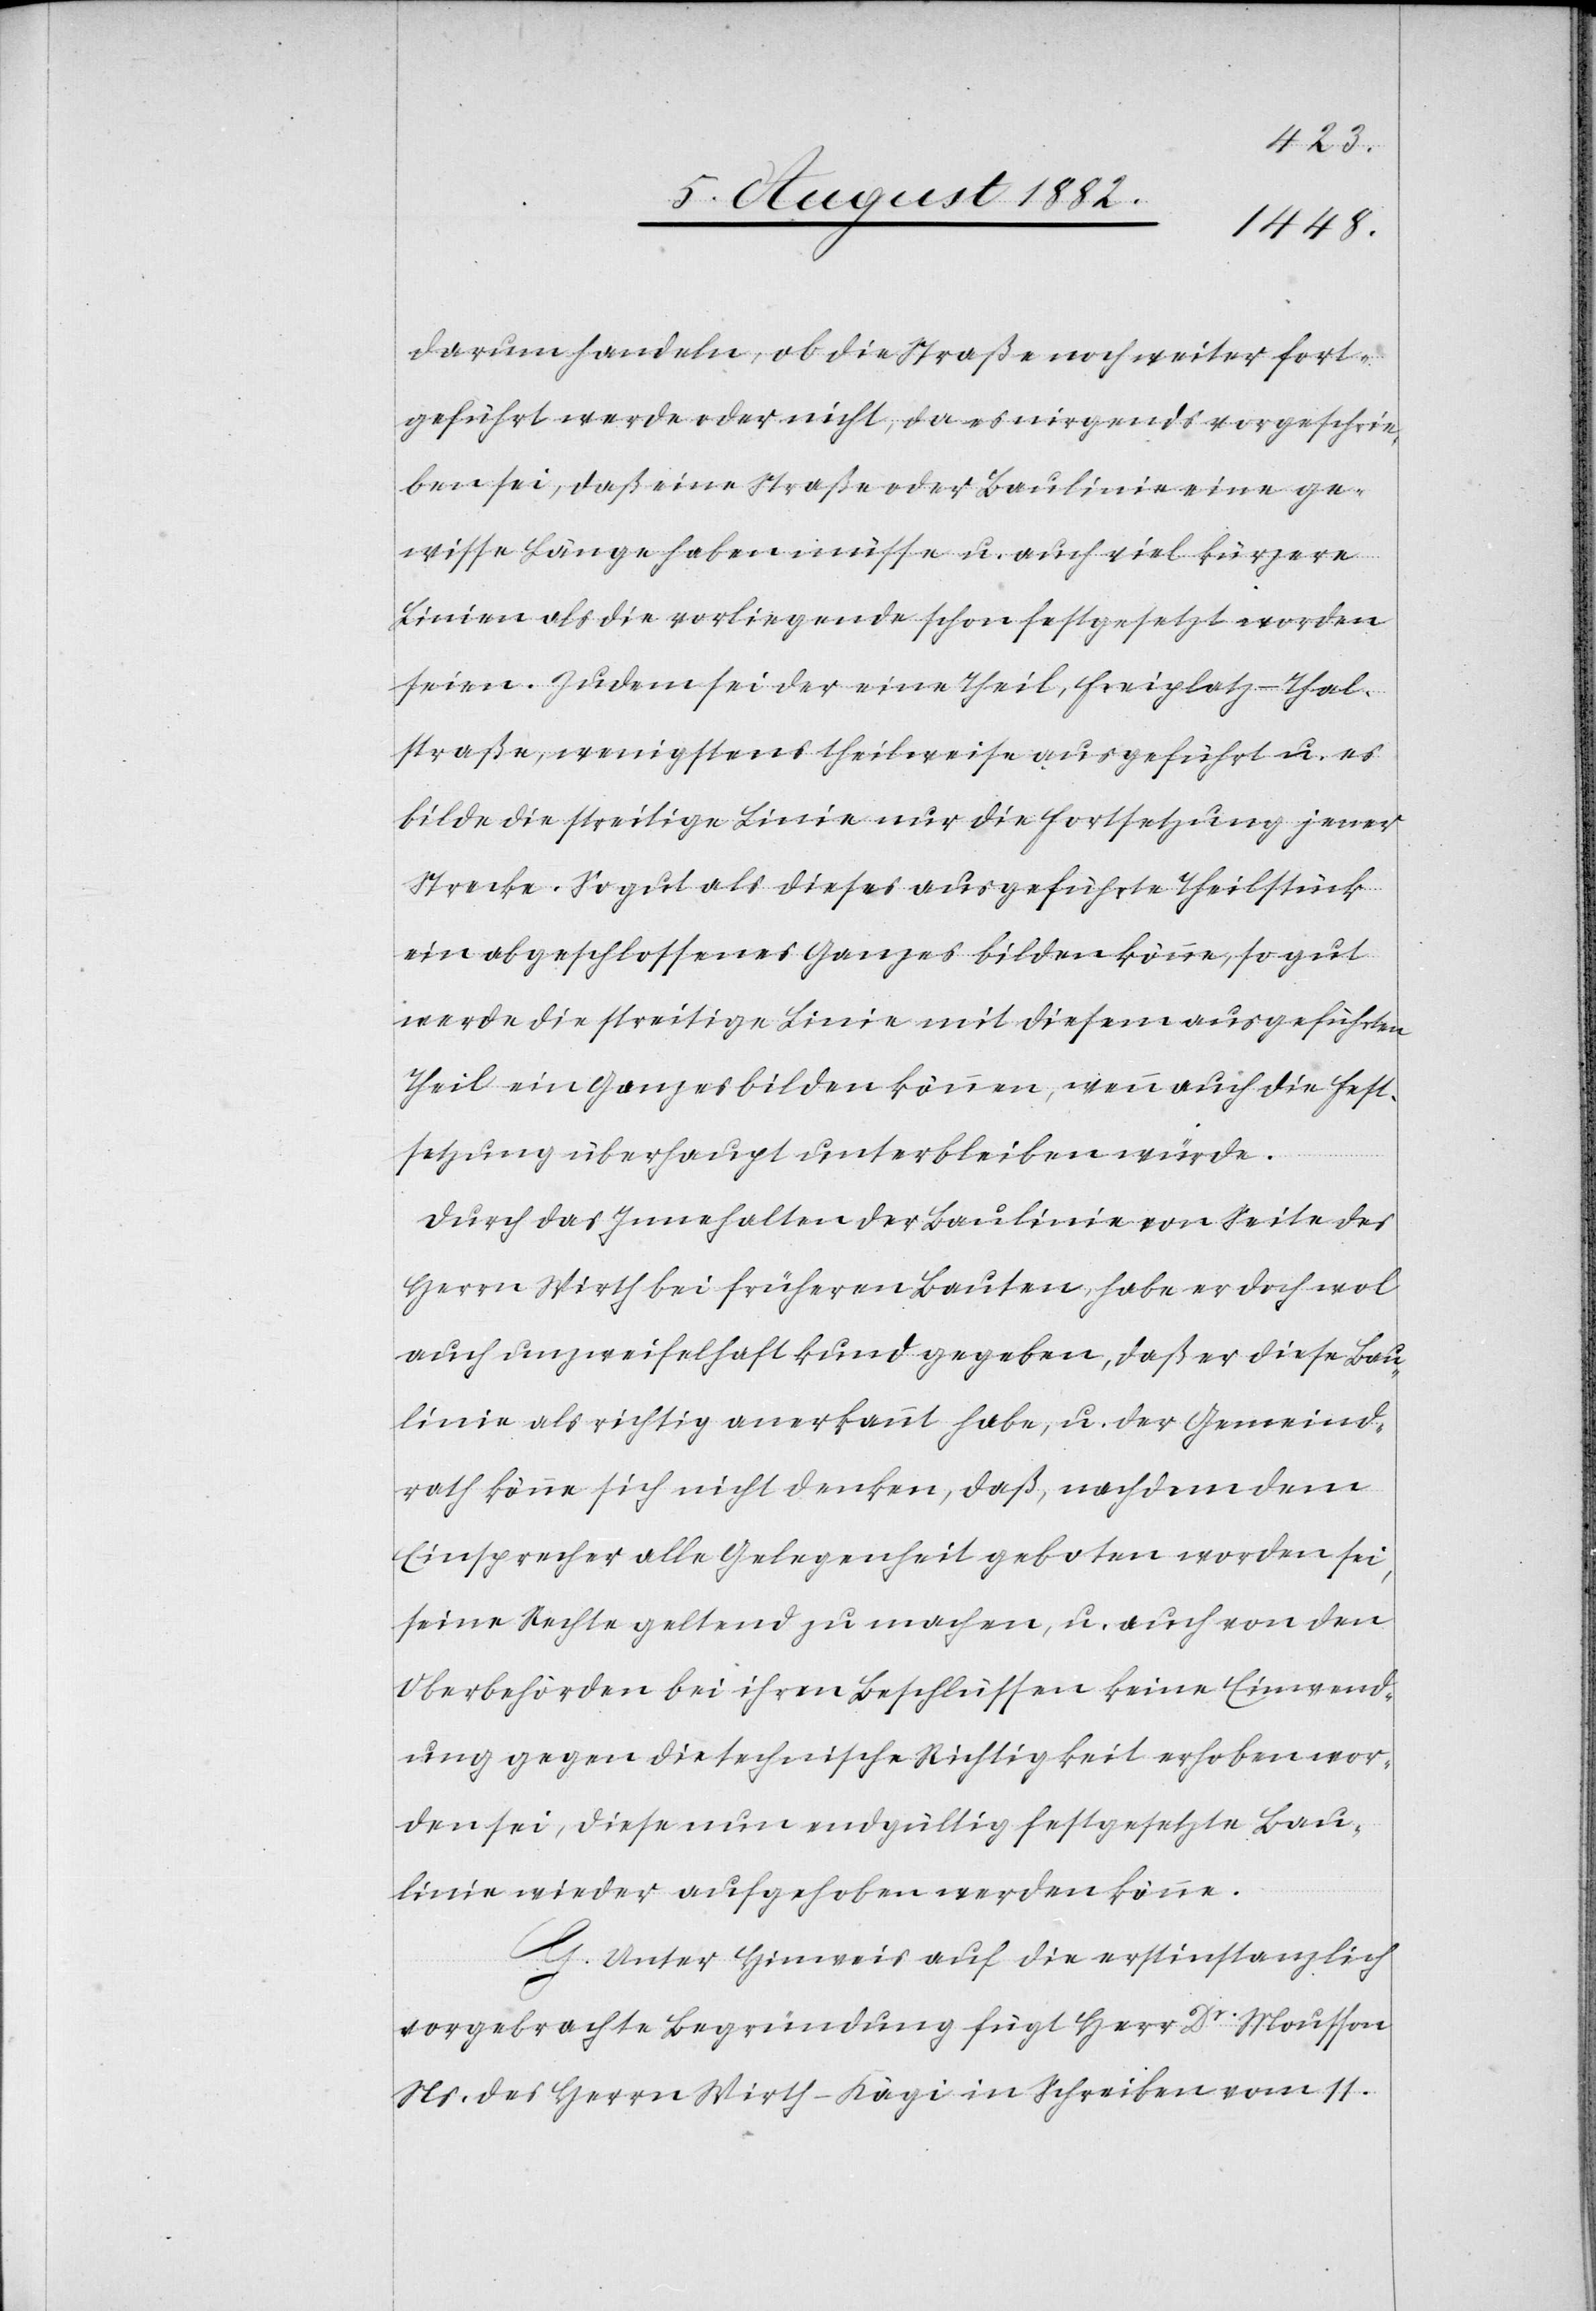
darum handeln, ob die Straße noch weiter fort¬
geführt werde oder nicht, da es nirgends vorgeschrie¬
ben sei, daß eine Straße oder Baulinie eine ge¬
wisse Länge haben müsse u. auch viel kürzere
Linien als die vorliegende schon festgesetzt worden
seien. Zudem sei der eine Teil, Freiplatz–Thal¬
straße, wenigstens theilweise ausgeführt u. es
bilde die streitige Linie nur die Fortsetzung jener
Strecke. So gut als dieses ausgeführte Theilstück
ein abgeschlossenes Ganzes bilden könne, so gut
werde die streitige Linie mit diesem ausgeführten
Theil ein Ganzes bilden können, wenn auch die Fest¬
setzung überhaupt unterbleiben würde.
Durch das Innehalten der Baulinie von Seite des
Herrn Wirth bei frühern Bauten, habe er doch wol
auch unzweifelhaft kund gegeben, daß er diese Bau¬
linie als richtig anerkannt habe, u. der Gemeind¬
rath könne sich nicht denken, daß, nachdem dem
Einsprecher alle Gelegenheit geboten worden sei,
seine Rechte geltend zu machen, u. auch von den
Oberbehörden bei ihren Beschlüssen keine Einwend¬
ung gegen die technische Richtigkeit erhoben wor¬
den sei, diese nun endgültig festgesetzte Bau¬
linie wieder aufgehoben werden könne.
G. Unter Hinweis auf die erstinstanzlich
vorgebrachte Begründung fügt Herr Dr Mousson
Ns. des Herrn Wirth-Kägi in Schreiben vom 11.